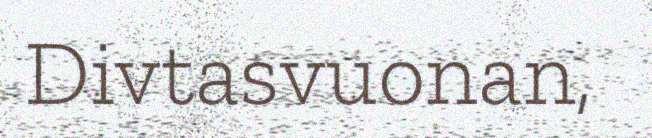
Divtasvuonan,